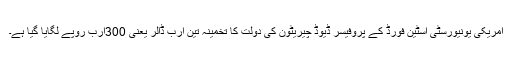
امریکی یونیورسٹی اسٹین فورڈ کے پروفیسر ڈیوڈ چیریٹون کی دولت کا تخمینہ تین ارب ڈالر یعنی 300ارب روپے لگایا گیا ہے۔